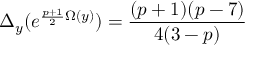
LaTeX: \Delta _ { y } ( e ^ { \frac { p + 1 } { 2 } \Omega ( y ) } ) = \frac { ( p + 1 ) ( p - 7 ) } { 4 ( 3 - p ) }